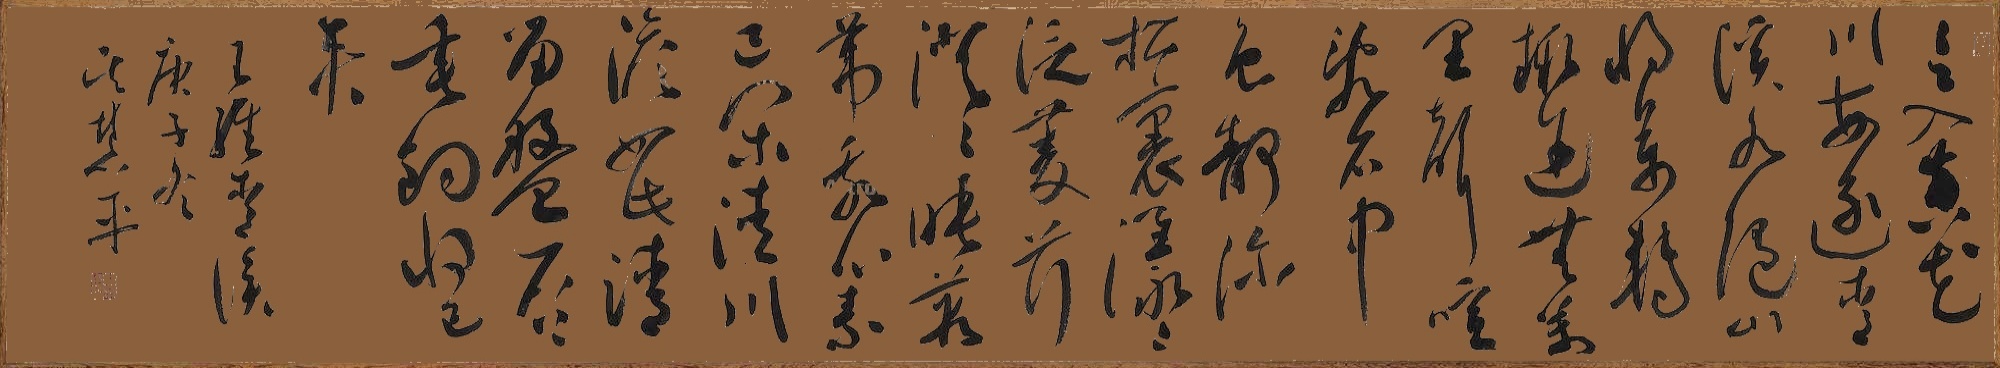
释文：言入黄花川，每逐青溪水。随山将万转，趣途无百里。声喧乱石中，色静深松里。漾漾泛菱荇，澄澄映葭苇。我心素已闲，清川澹如此。请留磐石上，垂钓将已矣。王维云溪，庚子冬吴慧平。